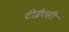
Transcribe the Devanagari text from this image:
टीईएसी